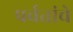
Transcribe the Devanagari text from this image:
पर्वतांचे